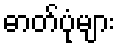
ဓာတ်ပုံများ